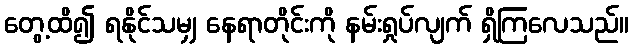
တွေ့ထိ၍ ရနိုင်သမျှ နေရာတိုင်းကို နမ်းရှုပ်လျက် ရှိကြလေသည်။